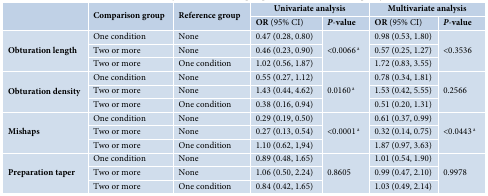
<table><thead><tr><td rowspan="2"></td><td rowspan="2"><b>Comparison group</b></td><td rowspan="2"><b>Reference group</b></td><td colspan="2"><b>Univariate analysis</b></td><td colspan="2"><b>Multivariate analysis</b></td></tr><tr><td><b>OR (95% CI)</b></td><td><b><i>P</i>-value</b></td><td><b>OR (95% CI)</b></td><td><b><i>P</i>-value</b></td></tr></thead><tbody><tr><td rowspan="3"><b>Obturation length </b></td><td>One condition</td><td>None</td><td>0.47 (0.28, 0.80)</td><td rowspan="3">&lt;0.0066<sup> a</sup></td><td>0.98 (0.53, 1.80)</td><td rowspan="3">&lt;0.3536</td></tr><tr><td>Two or more</td><td>None</td><td>0.46 (0.23, 0.90)</td><td>0.57 (0.25, 1.27)</td></tr><tr><td>Two or more</td><td>One condition</td><td>1.02 (0.56, 1.87)</td><td>1.72 (0.83, 3.55)</td></tr><tr><td rowspan="3"><b>Obturation density </b></td><td>One condition</td><td>None</td><td>0.55 (0.27, 1.12)</td><td rowspan="3">0.0160<sup> a</sup></td><td>0.78 (0.34, 1.81)</td><td rowspan="3">0.2566</td></tr><tr><td>Two or more</td><td>None</td><td>1.43 (0.44, 4.62)</td><td>1.53 (0.42, 5.55)</td></tr><tr><td>Two or more</td><td>One condition</td><td>0.38 (0.16, 0.94)</td><td>0.51 (0.20, 1.31)</td></tr><tr><td rowspan="3"><b>Mishaps</b></td><td>One condition</td><td>None</td><td>0.29 (0.19, 0.50)</td><td rowspan="3">&lt;0.0001<sup> a</sup></td><td>0.61 (0.37, 0.99)</td><td rowspan="3">&lt;0.0443<sup> a</sup></td></tr><tr><td>Two or more</td><td>None</td><td>0.27 (0.13, 0.54)</td><td>0.32 (0.14, 0.75)</td></tr><tr><td>Two or more</td><td>One condition</td><td>1.10 (0.62, 1,94)</td><td>1.87 (0.97, 3.63)</td></tr><tr><td rowspan="3"><b>Preparation taper </b></td><td>One condition</td><td>None</td><td>0.89 (0.48, 1.65)</td><td rowspan="3">0.8605</td><td>1.01 (0.54, 1.90)</td><td rowspan="3">0.9978</td></tr><tr><td>Two or more</td><td>None</td><td>1.06 (0.50, 2.24)</td><td>0.99 (0.47, 2.10)</td></tr><tr><td>Two or more</td><td>One condition</td><td>0.84 (0.42, 1.65)</td><td>1.03 (0.49, 2.14)</td></tr></tbody></table>